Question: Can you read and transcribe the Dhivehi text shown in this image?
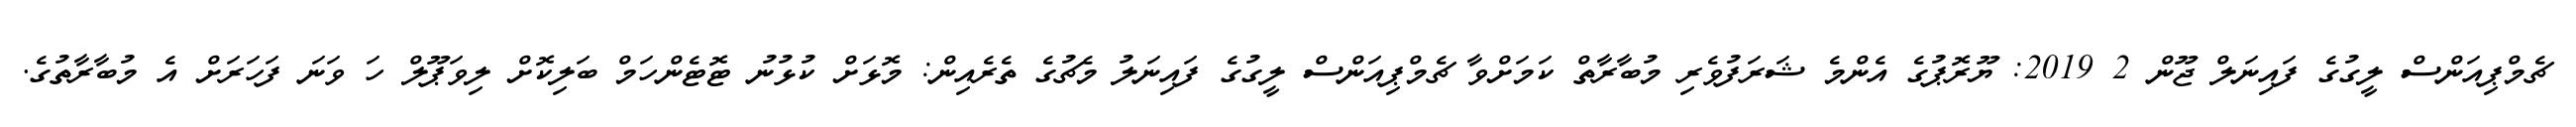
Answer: ޗެމްޕިއަންސް ލީގުގެ ފައިނަލް ޖޫން 2 2019: ޔޫރޮޕުގެ އެންމެ ޝަރަފުވެރި މުބާރާތް ކަމަށްވާ ޗެމްޕިއަންސް ލީގުގެ ފައިނަލު މެޗުގެ ތެރެއިން: މޮޅަށް ކުޅުނު ޓޮޓެންހަމް ބަލިކޮށް ލިވަޕޫލް ހަ ވަނަ ފަހަރަށް އެ މުބާރާތުގެ.